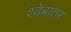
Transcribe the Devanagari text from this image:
श्वेबांतर